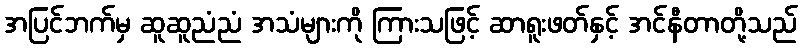
အပြင်ဘက်မှ ဆူဆူညံညံ အသံများကို ကြားသဖြင့် ဆာရူးဖတ်နှင့် အင်နီတာတို့သည်